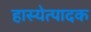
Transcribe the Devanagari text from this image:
हास्येत्पादक